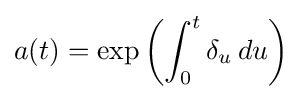
a(t)=\exp \left(\int _{0}^{t}\delta _{u}\,du\right)